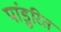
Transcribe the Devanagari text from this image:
पांडुरित